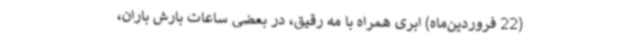
(22 فروردین‌ماه) ابری همراه با مه رقیق، در بعضی ساعات بارش باران،